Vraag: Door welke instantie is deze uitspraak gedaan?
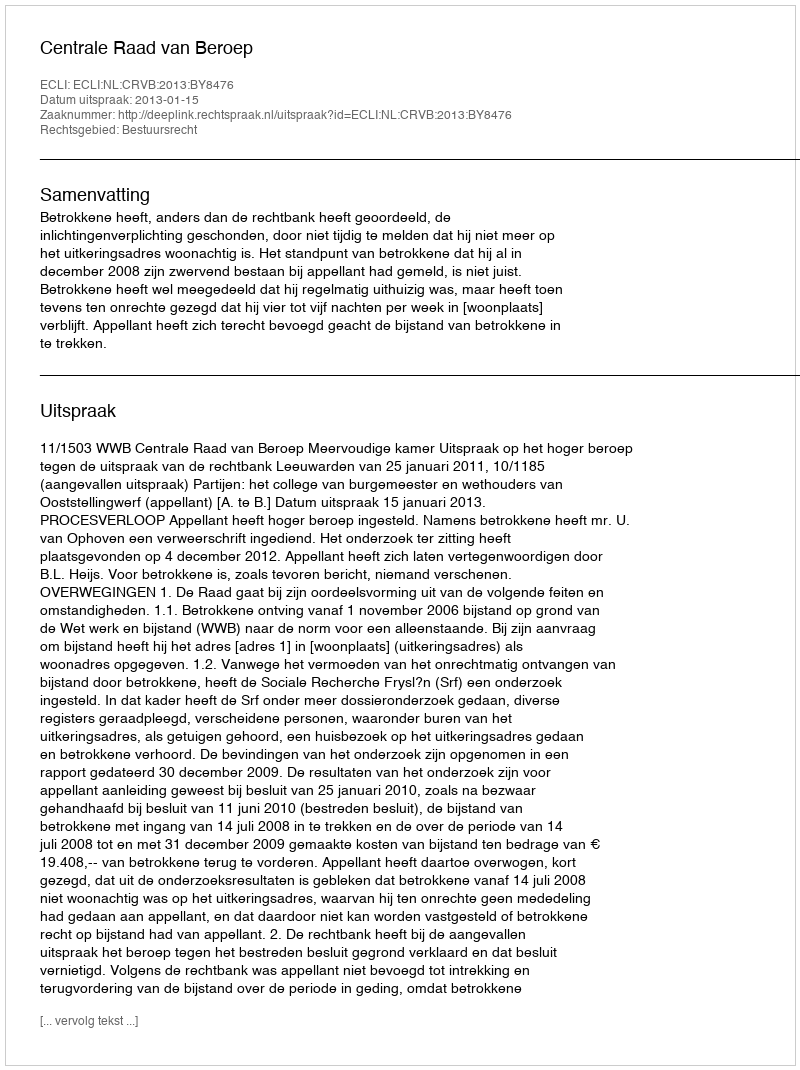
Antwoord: Centrale Raad van Beroep